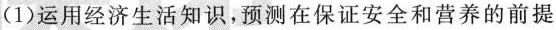
(1)运用经济生活知识，预测在保证安全和营养的前提